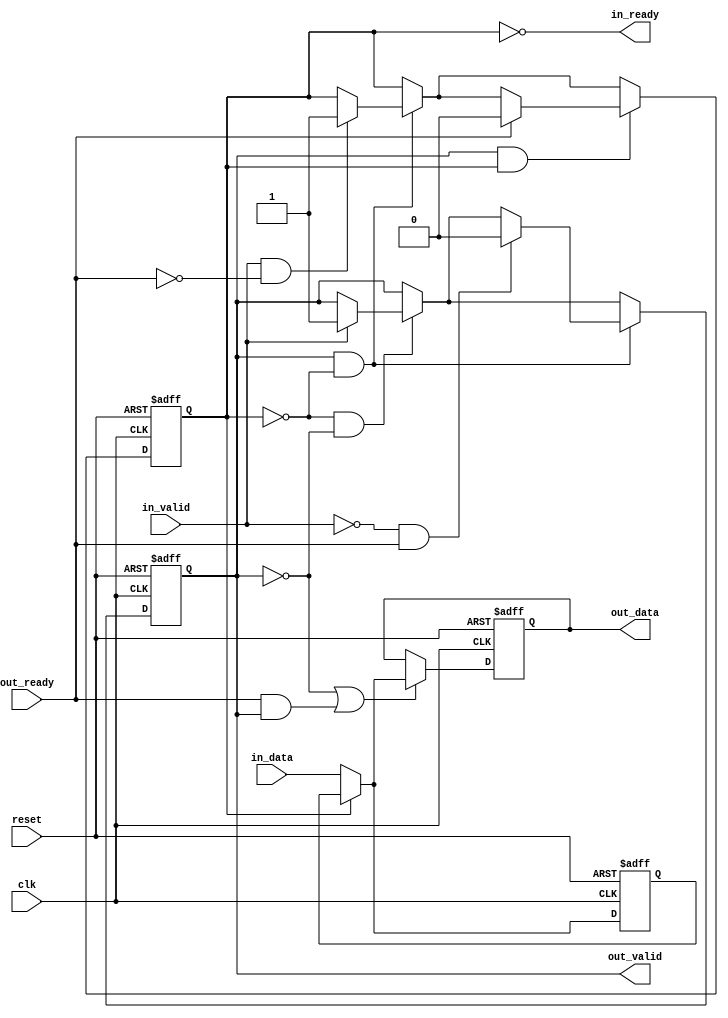
// (C) 2001-2022 Intel Corporation. All rights reserved.
// Your use of Intel Corporation's design tools, logic functions and other 
// software and tools, and its AMPP partner logic functions, and any output 
// files from any of the foregoing (including device programming or simulation 
// files), and any associated documentation or information are expressly subject 
// to the terms and conditions of the Intel Program License Subscription 
// Agreement, Intel FPGA IP License Agreement, or other applicable 
// license agreement, including, without limitation, that your use is for the 
// sole purpose of programming logic devices manufactured by Intel and sold by 
// Intel or its authorized distributors.  Please refer to the applicable 
// agreement for further details.


// $File: //acds/rel/22.1std/ip/avalon_st/altera_avalon_st_pipeline_stage/altera_avalon_st_pipeline_base.v $
// $Revision: #1 $
// $Date: 2021/10/27 $
// $Author: psgswbuild $
//------------------------------------------------------------------------------

`timescale 1ns / 1ns

module altera_avalon_st_pipeline_base (
                                       clk,
                                       reset,
                                       in_ready,
                                       in_valid,
                                       in_data,
                                       out_ready,
                                       out_valid,
                                       out_data
                                       );

   parameter  SYMBOLS_PER_BEAT  = 1;
   parameter  BITS_PER_SYMBOL   = 8;
   parameter  PIPELINE_READY    = 1;
   localparam DATA_WIDTH = SYMBOLS_PER_BEAT * BITS_PER_SYMBOL;
   
   input clk;
   input reset;
   
   output in_ready;
   input  in_valid;
   input [DATA_WIDTH-1:0] in_data;
   
   input                  out_ready;
   output                 out_valid;
   output [DATA_WIDTH-1:0] out_data;
   
   reg                     full0;
   reg                     full1;
   reg [DATA_WIDTH-1:0]    data0;
   reg [DATA_WIDTH-1:0]    data1;

   assign out_valid = full1;
   assign out_data  = data1;    
   
   generate if (PIPELINE_READY == 1) 
     begin : REGISTERED_READY_PLINE
        
        assign in_ready  = !full0;

        always @(posedge clk, posedge reset) begin
           if (reset) begin
              data0 <= {DATA_WIDTH{1'b0}};
              data1 <= {DATA_WIDTH{1'b0}};
           end else begin
              // ----------------------------
              // always load the second slot if we can
              // ----------------------------
              if (~full0)
                data0 <= in_data;
              // ----------------------------
              // first slot is loaded either from the second,
              // or with new data
              // ----------------------------
              if (~full1 || (out_ready && out_valid)) begin
                 if (full0)
                   data1 <= data0;
                 else
                   data1 <= in_data;
              end
           end
        end
        
        always @(posedge clk or posedge reset) begin
           if (reset) begin
              full0    <= 1'b0;
              full1    <= 1'b0;
           end else begin
              // no data in pipeline
              if (~full0 & ~full1) begin
                 if (in_valid) begin
                    full1 <= 1'b1;
                 end
              end // ~f1 & ~f0

              // one datum in pipeline 
              if (full1 & ~full0) begin
                 if (in_valid & ~out_ready) begin
                    full0 <= 1'b1;
                 end
                 // back to empty
                 if (~in_valid & out_ready) begin
                    full1 <= 1'b0;
                 end
              end // f1 & ~f0
              
              // two data in pipeline 
              if (full1 & full0) begin
                 // go back to one datum state
                 if (out_ready) begin
                    full0 <= 1'b0;
                 end
              end // end go back to one datum stage
           end
        end

     end 
   else 
     begin : UNREGISTERED_READY_PLINE
	
	// in_ready will be a pass through of the out_ready signal as it is not registered
	assign in_ready = (~full1) | out_ready;
	
	always @(posedge clk or posedge reset) begin
	   if (reset) begin
	      data1 <= 'b0;
	      full1 <= 1'b0;
	   end
	   else begin
	      if (in_ready) begin
		 data1 <= in_data;
		 full1 <= in_valid;
	      end
	   end
	end		
     end
   endgenerate
endmodule